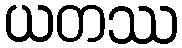
ယတဿ